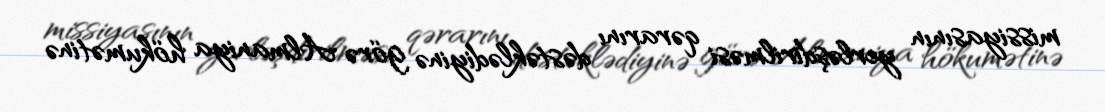
missiyasının yerləşdirilməsi qərarını dəstəklədiyinə görə Almaniya hökumətinə